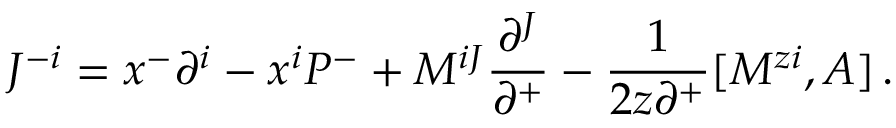
J ^ { - i } = x ^ { - } \partial ^ { i } - x ^ { i } P ^ { - } + M ^ { i J } \frac { \partial ^ { J } } { \partial ^ { + } } - \frac { 1 } { 2 z \partial ^ { + } } [ M ^ { z i } , A ] \, .